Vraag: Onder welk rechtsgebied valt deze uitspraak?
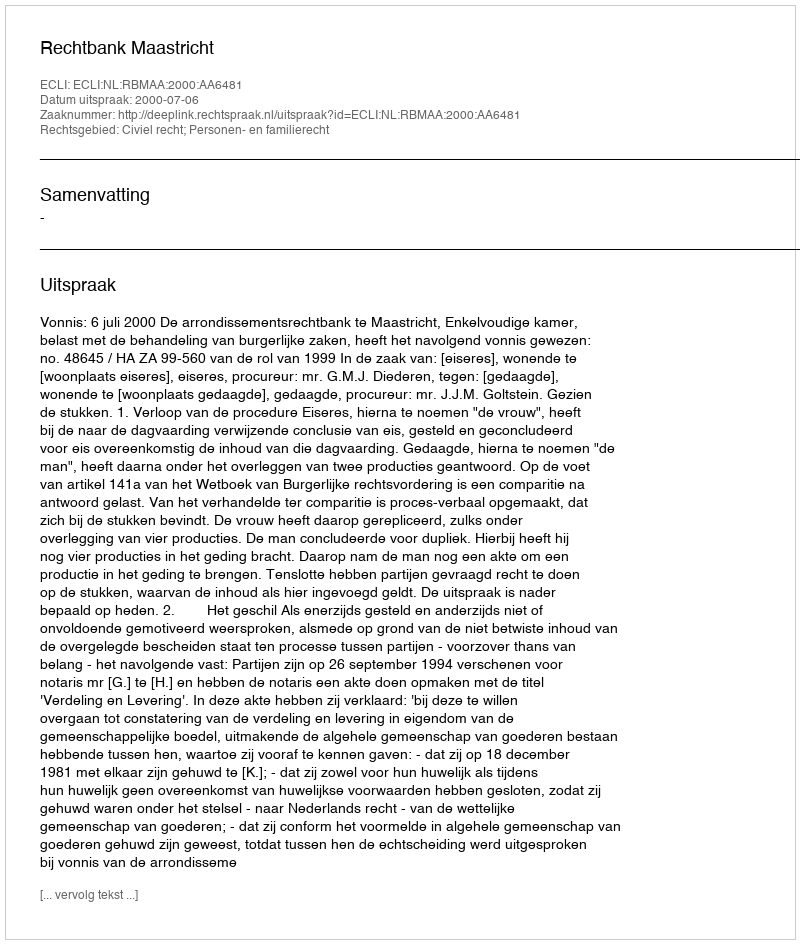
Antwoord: Civiel recht; Personen- en familierecht